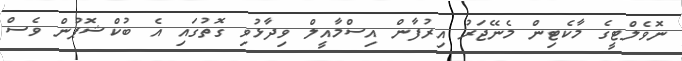
ނޮވެލްޓީގެ މާކެޓިން މެނޭޖަރު އިރުފާން އިސްމާއީލް ވިދާޅުވި ގޮތުގައި އެ ބުކްޝޮޕުން ވެސް